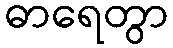
ဓာရေတွာ